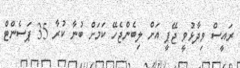
ރައީސް ވިދާޅުވީ ޖޭޕީ އަށް ލިބެންޖެހޭ ކަމަށް ބުނާ ކުރާ 35 ޕަސެންޓް